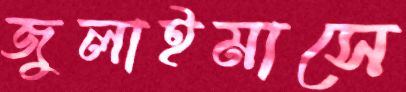
জুলাইমাসে